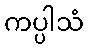
ကပ္ပါသံ